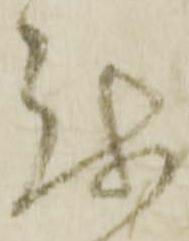
越